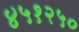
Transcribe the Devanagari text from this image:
४५१२५०